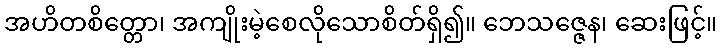
အဟိတစိတ္တော၊ အကျိုးမဲ့စေလိုသောစိတ်ရှိ၍။ ဘေသဇ္ဇေန၊ ဆေးဖြင့်။